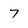
Character: 7